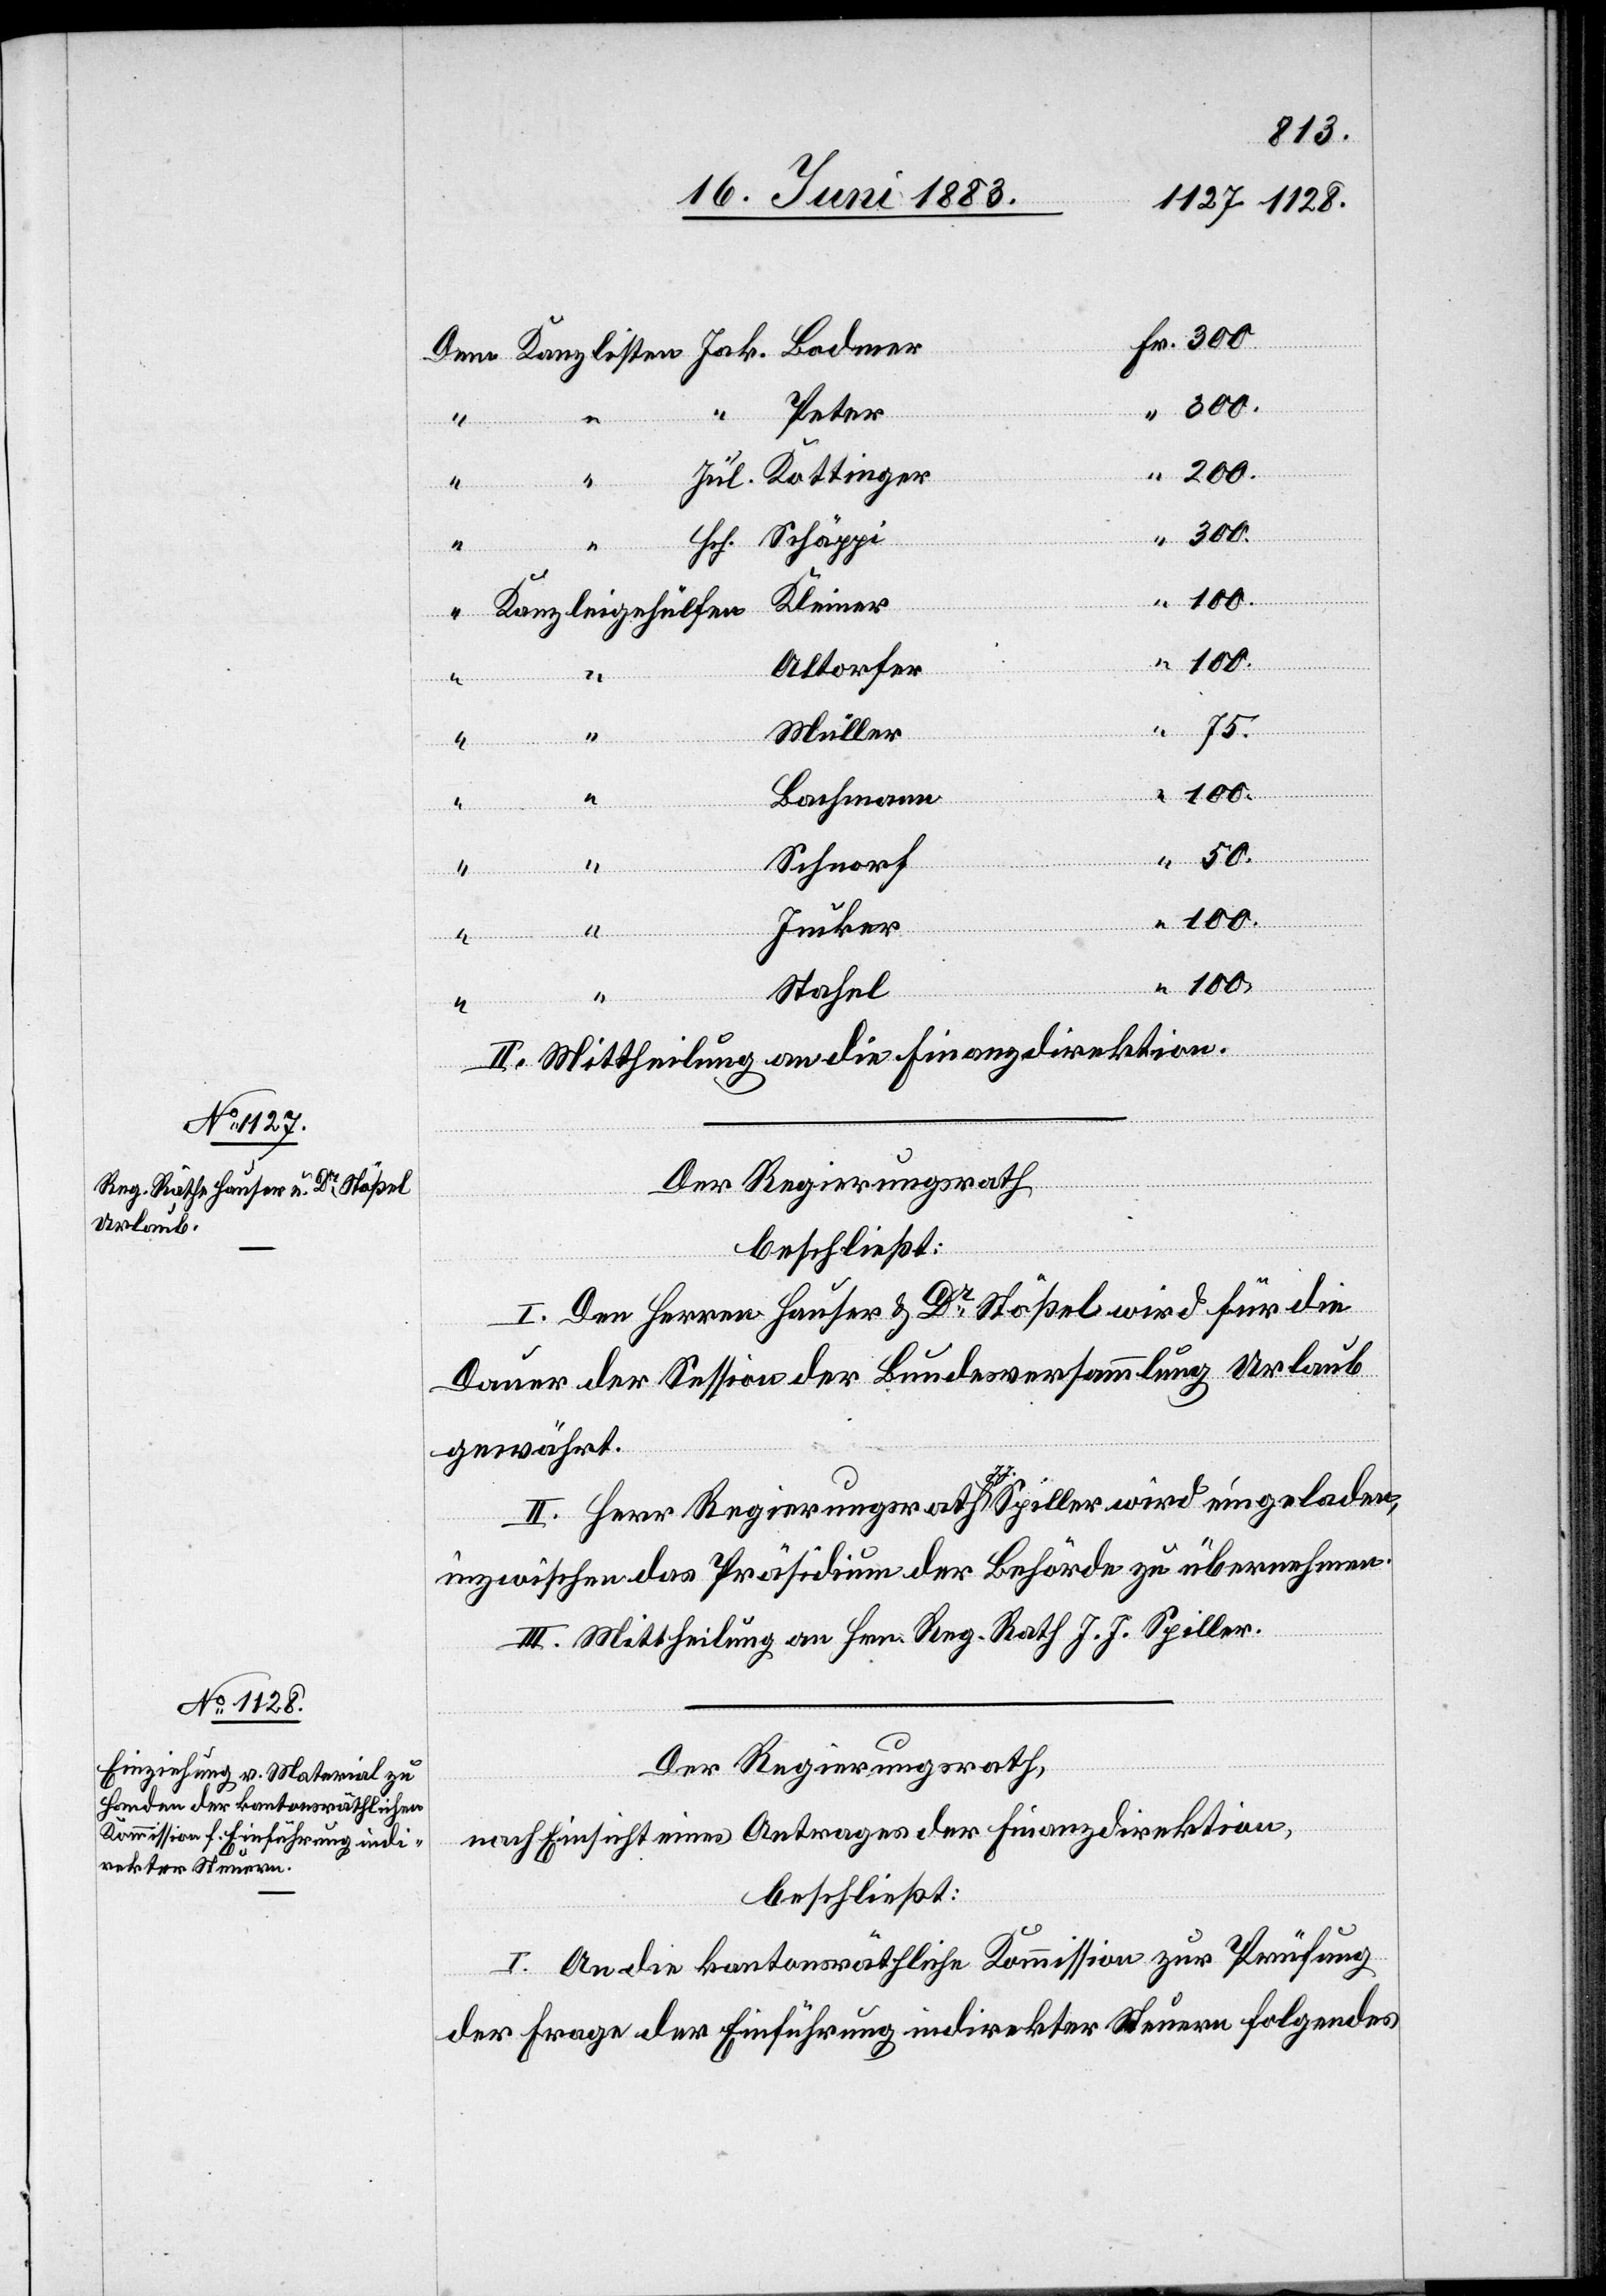
Jul. Kottinger
“
300.
Hch. Schäppi
Kleiner
Kanzleigehülfen
Altorfer
Dem
Jak.
75.
Müller
100.
Bachmann
“
Schnorf
50.
“
Junker
“
Stahel
II. Mittheilung an die Finanzdirektion.
Der Regierungsrath
beschließt:
I. Den Herren Hauser & Dr Stößel wird für die
Dauer der Session der Bundesversammlung Urlaub
gewährt.
II. Herr Regierungsrath J. J. Spiller wird eingeladen,
Peter
inzwischen das Präsidium der Behörde zu übernehmen.
III. Mittheilung an Hrn. Reg. Rath J. J. Spiller.
Der Regierungsrath,
nach Einsicht eines Antrages der Finanzdirektion,
beschließt:
I. An die kantonsräthliche Kommission zur Prüfung
der Frage der Einführung indirekter Steuern folgendes